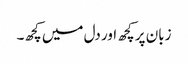
زبان پر کچھ اور دل میں کچھ۔